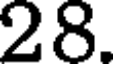
28.